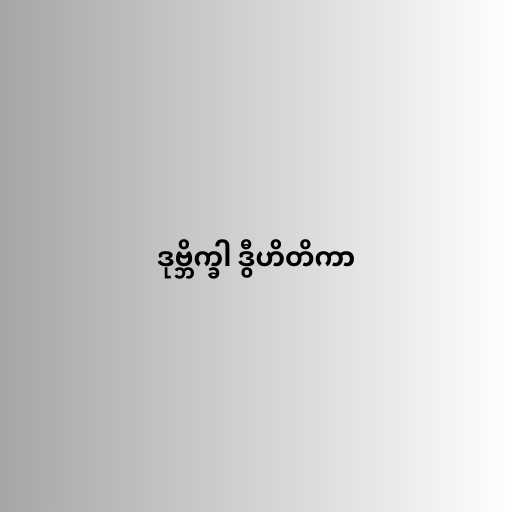
ဒုဗ္ဘိက္ခါ ဒွီဟိတိကာ